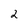
Character: 2